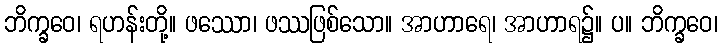
ဘိက္ခဝေ၊ ရဟန်းတို့။ ဖဿော၊ ဖဿဖြစ်သော။ အာဟာရေ၊ အာဟာရ၌။ ပ။ ဘိက္ခဝေ၊